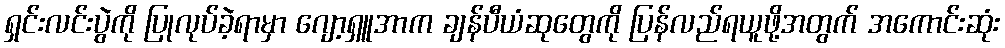
ရှင်းလင်းပွဲကို ပြုလုပ်ခဲ့ရာမှာ ဂျော့ရှူအာက ချန်ပီယံဆုတွေကို ပြန်လည်ရယူဖို့အတွက် အကောင်းဆုံး